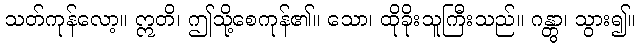
သတ်ကုန်လော့။ ဣတိ၊ ဤသို့စေကုန်၏။ သော၊ ထိုခိုးသူကြီးသည်။ ဂန္တွာ၊ သွား၍။